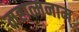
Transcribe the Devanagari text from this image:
महात्मनाम्